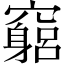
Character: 竆